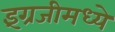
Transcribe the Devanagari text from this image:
इंग्रजीमध्‍ये